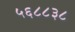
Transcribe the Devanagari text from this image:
५६८८३८